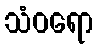
သံဝရော